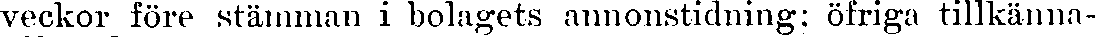
veckor före stämman i bolagets annonstidning; öfriga tillkänna-